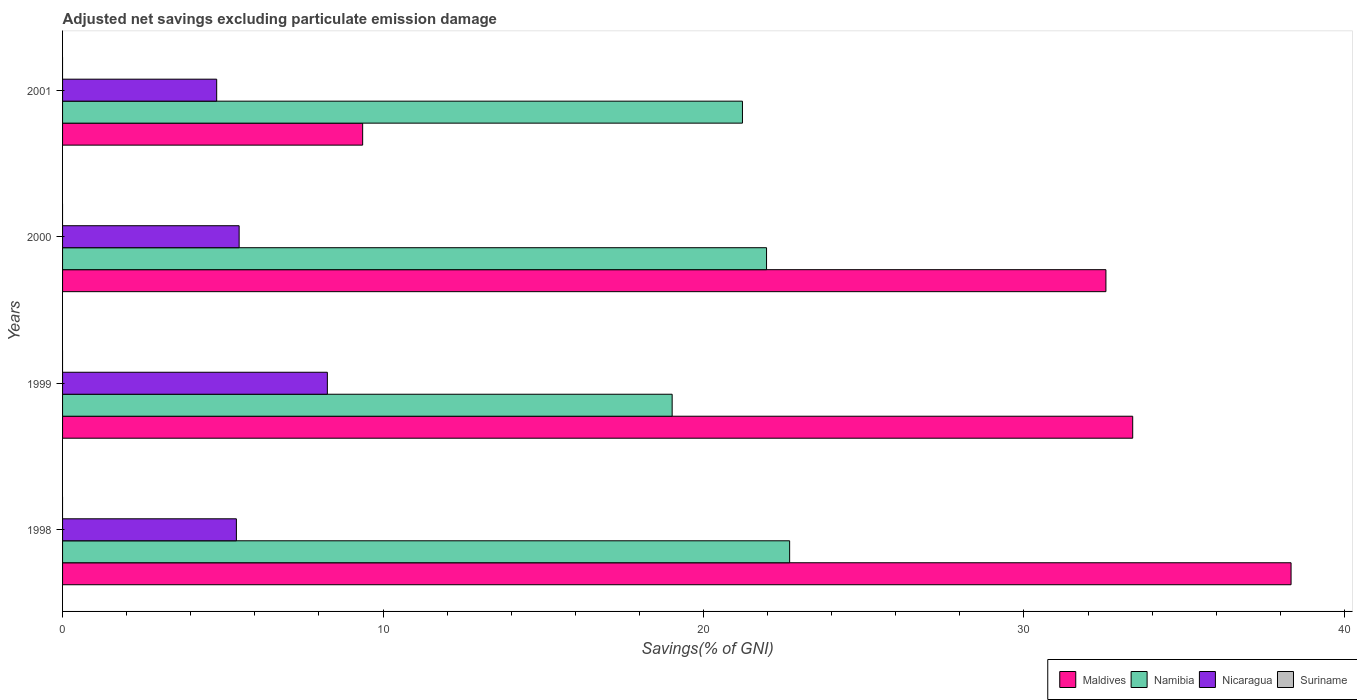
| Years | Maldives | Namibia | Nicaragua | Suriname |
 | --- | --- | --- | --- | --- |
 | 1998 | 38.3 | 22.7 | 5.42 | -8.81 |
 | 1999 | 33.4 | 19 | 8.26 | -10.3 |
 | 2000 | 32.6 | 22 | 5.51 | -18.2 |
 | 2001 | 9.36 | 21.2 | 4.81 | -34.2 |